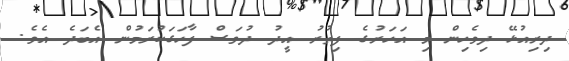
ދިރިއުޅޭ ދިވެހިން މި އަހަރުގެ ފިތުރު އީދު ދުވަސް ފާހަގަކުރަމުން އެބަދެ އެވެ.